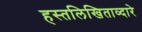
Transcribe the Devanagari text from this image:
हस्तलिखिताव्दारे